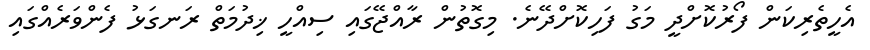
އެހީތެރިކަން ފޯރުކޮށްދީ މަގު ފަހިކޮށްދޭނެ. މިގޮތުން ރާއްޖޭގައި ސިއްހީ ޚިދުމަތް ރަނގަޅު ފެންވަރެއްގައި